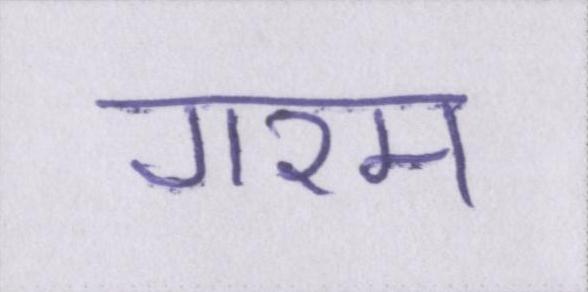
गरम